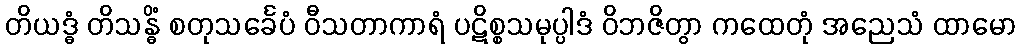
တိယဒ္ဓံ တိသန္ဓိံ စတုသင်္ခေပံ ဝီသတာကာရံ ပဋိစ္စသမုပ္ပါဒံ ဝိဘဇိတွာ ကထေတုံ အညေသံ ထာမော